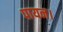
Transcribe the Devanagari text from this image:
पायन।